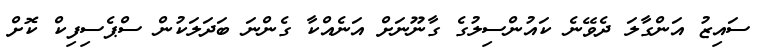
ސައިޒު އަންގާލަ ދެވޭނެ ކައުންސިލުގެ ގާނޫނަށް އަނެއްކާ ގެންނަ ބަދަލަކުން ސްޕެސިފިކް ކޮށް